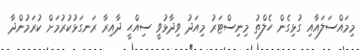
މިމައްސަލައާއި ގުޅިގެން ހެލްތު މިނިސްޓަރު މިއަދު ވިދާޅުވީ ސިއްޙީ ދާއިރާ ރަނގަޅުކުރުމަށް ކުރަމުންދާ